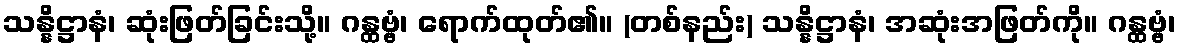
သန္နိဋ္ဌာနံ၊ ဆုံးဖြတ်ခြင်းသို့။ ဂန္ထဗ္ဗံ၊ ရောက်ထုတ်၏။ (တစ်နည်း) သန္နိဋ္ဌာနံ၊ အဆုံးအဖြတ်ကို။ ဂန္ထဗ္ဗံ၊